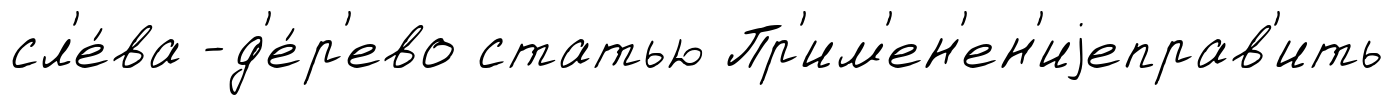
сл'е́ва -д'е́р'ево статью Пр'им'ен'ен'иjеправ'ить